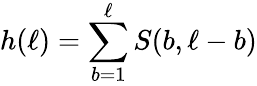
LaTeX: h(\ell)=\sum_{b=1}^{\ell}S(b,\ell-b)